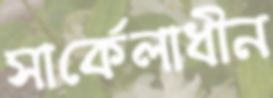
সার্কেলাধীন